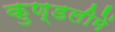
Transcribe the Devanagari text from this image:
कुण्डलीमें